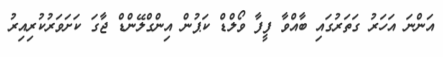
އަންނަ އަހަރު ގަތަރުގައި ބާއްވާ ފީފާ ވޯލްޑް ކަޕުން އިންގްލޭންޑް ޖާގަ ކަށަވަރުކުރިއިރު